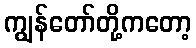
ကျွန်တော်တို့ကတော့